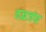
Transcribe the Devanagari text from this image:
वज्रजंघ